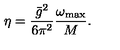
\eta = \frac { \bar { g } ^ { 2 } } { 6 \pi ^ { 2 } } \frac { \omega _ { \mathrm { m a x } } } { M } .